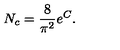
N _ { c } = \frac { 8 } { \pi ^ { 2 } } e ^ { C } .